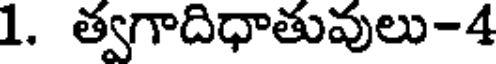
1. త్వగాదిధాతువులు-4